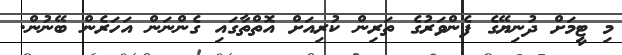
މި ޓީމަށް ދުނިޔޭގެ ފެންވަރުގެ ތަރިން ކުރިއަށް އޮތްތާގައި ގެންނަން އަހަރެން ބޭނުން.